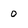
Character: 0